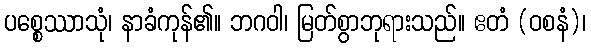
ပစ္စေဿာသုံ၊ နာခံကုန်၏။ ဘဂဝါ၊ မြတ်စွာဘုရားသည်။ ဧတံ (ဝစနံ)၊